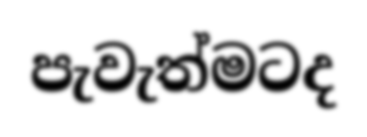
පැවැත්මටද